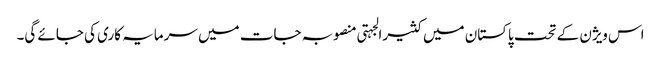
اس ویژن کے تحت پاکستان میں کثیرالجہتی منصوبہ جات میں سرمایہ کاری کی جائے گی۔